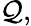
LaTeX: \mathcal{Q},